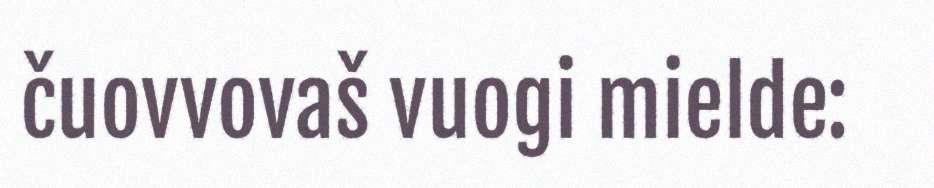
čuovvovaš vuogi mielde: